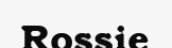
Rossie